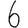
Digit: 6